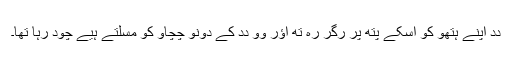
دِدِ اَپنے ہتھو کو اُسکے پِتھ پر رگر رہِ تھِ اؤر وو دِدِ کے دونو چُچِاو کو مسلتے ہُیے چود رہا تھا۔